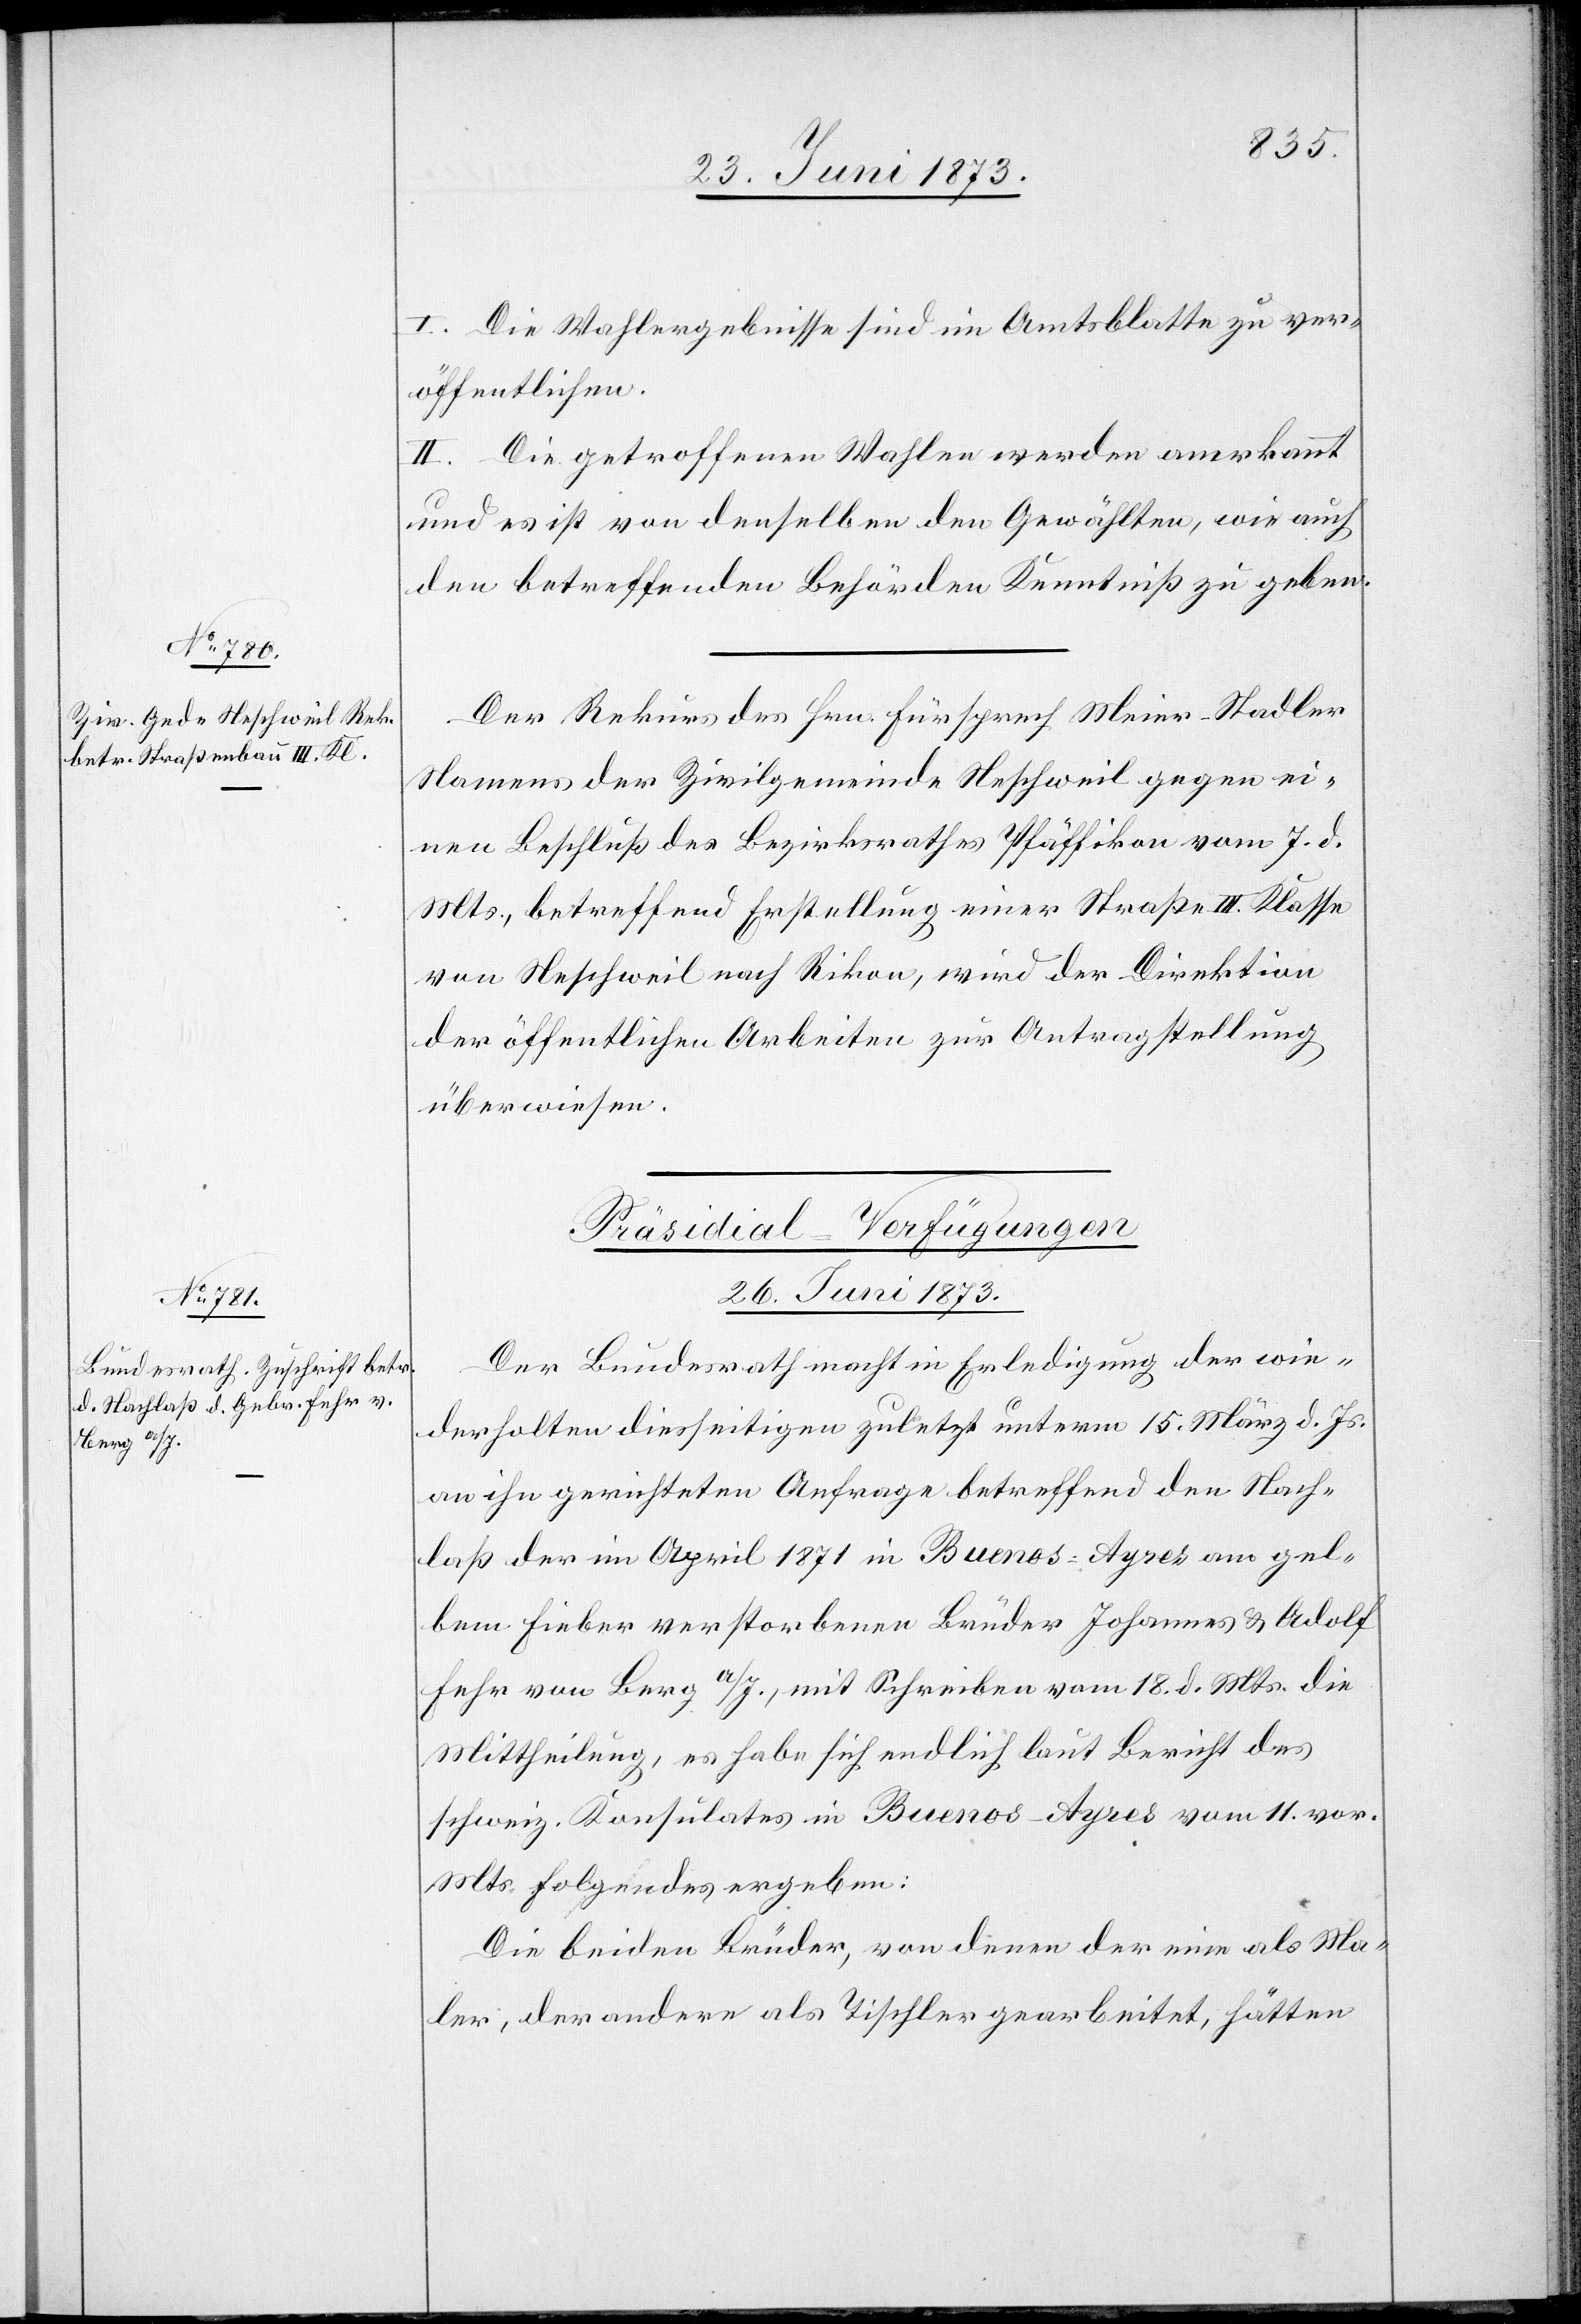
25. Juni 1873.]
I. Die Wahlergebnisse sind im Amtsblatte zu ver¬
öffentlichen.
II. Die getroffenen Wahlen werden anerkannt
und es ist von denselben den Gewählten, wie auch
den betreffenden Behörden Kenntniß zu geben.
Der Rekurs des Hrn. Fürsprech Meier-Stadler
Namens der Zivilgemeinde Neschweil gegen ei¬
nen Beschluß des Bezirksrathes Pfäffikon vom 7. d.
Mts., betreffend Erstellung einer Straße III. Klasse
von Neschweil nach Rikon, wird der Direktion
der öffentlichen Arbeiten zur Antragstellung
überwiesen.
Präsidial-Verfügungen
26. Juni 1873.
Der Bundesrath macht in Erledigung der wie¬
derholten diesseitigen zuletzt unterm 15. März d. Js.
an ihn gerichteten Anfrage betreffend den Nach¬
laß der im April 1871 in Buenos-Ayres am [sic!] gel¬
bem Fieber verstorbenen Brüder Johannes & Adolf
Fehr von Berg a/S., mit Schreiben vom 18. d. Mts. die
Mittheilung, es habe sich endlich laut Bericht des
schweiz. Konsulates in Buenos-Ayres vom 11. vor.
Mts. Folgendes ergeben:
Die beiden Brüder, von denen der eine als Ma¬
ler, der andere als Tischler gearbeitet, hätten